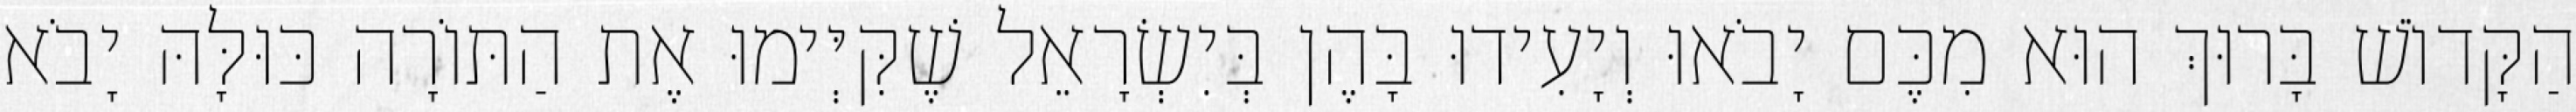
הַקָּדוֹשׁ בָּרוּךְ הוּא מִכֶּם יָבֹאוּ וְיָעִידוּ בָּהֶן בְּיִשְׂרָאֵל שֶׁקִּיְּימוּ אֶת הַתּוֹרָה כּוּלָּהּ יָבֹא